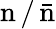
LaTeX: \mathrm{n}\, /\, \mathrm{\bar{n}}